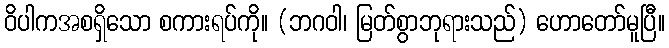
ဝိပါကအစရှိသော စကားရပ်ကို။ (ဘဂဝါ၊ မြတ်စွာဘုရားသည်) ဟောတော်မူပြီ။